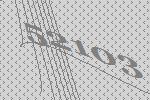
52103